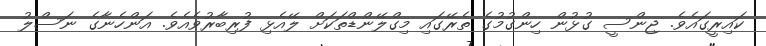
ކައިރީގައެވެ. ޖިންސީ ގުޅުން ހިންގުމުގެ ތެރޭގައި މިގްލޭންޑްތަކަށް ލޭއެޅި ފުރިބާރުވެއެވެ. އަންހެނާގެ ނަސްލު